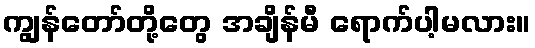
ကျွန်တော်တို့တွေ အချိန်မီ ရောက်ပါ့မလား။